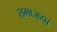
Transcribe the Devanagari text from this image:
समाजया